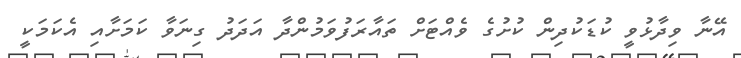
އޭނާ ވިދާޅުވީ ކުޑަކުދިން ކުށުގެ ވެއްޓަށް ތައާރަފުވަމުންދާ އަދަދު ގިނަވާ ކަމަށާއި އެކަމަކީ